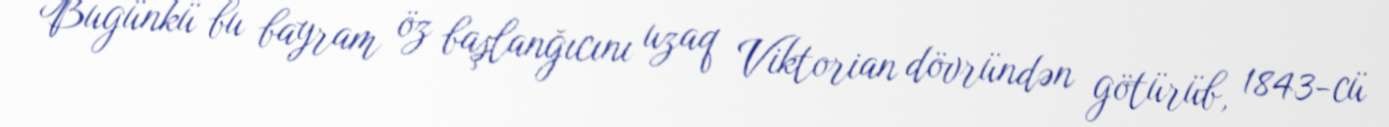
Bugünkü bu bayram öz başlanğıcını uzaq Viktorian dövründən götürüb, 1843-cü